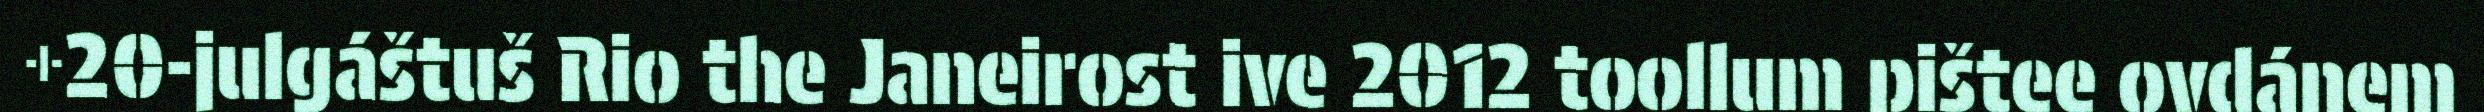
+20-julgáštuš Rio the Janeirost ive 2012 toollum pištee ovdánem